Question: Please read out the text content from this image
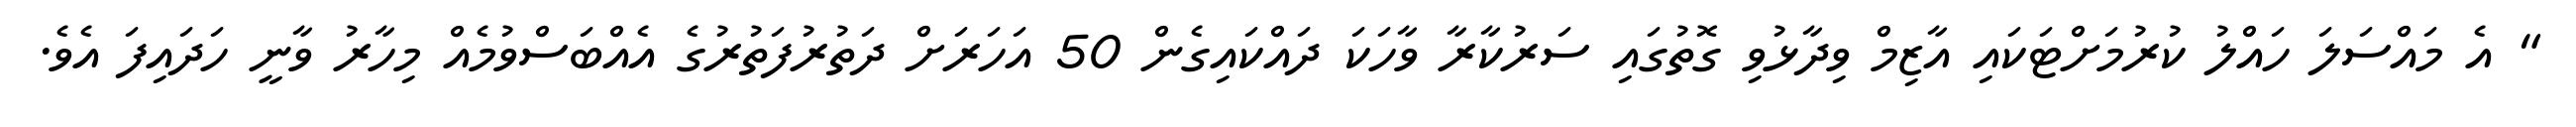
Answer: " އެ މައްސަލަ ހައްލު ކުރުމަށްޓަކައި އާޒިމް ވިދާޅުވި ގޮތުގައި ސަރުކާރާ ވާހަކަ ދައްކައިގެން 50 އަހަރަށް ދަތުރުފަތުރުގެ އެއްބަސްވުމެއް މިހާރު ވާނީ ހަދައިފަ އެވެ.